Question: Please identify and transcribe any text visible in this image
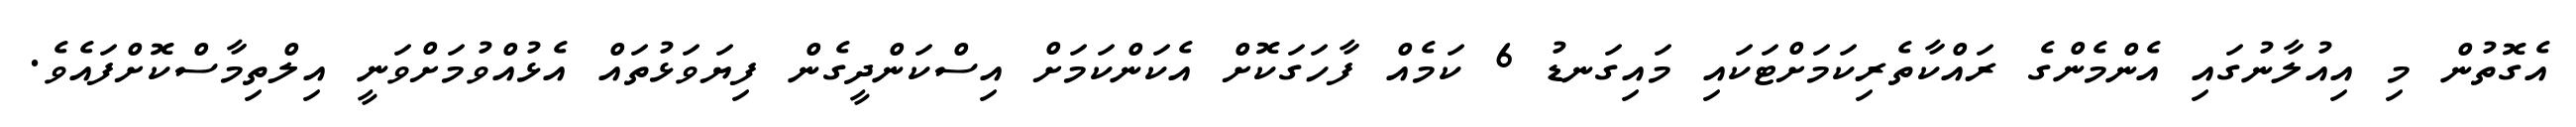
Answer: އެގޮތުން މި އިއުލާނުގައި އެންމެންގެ ރައްކާތެރިކަމަށްޓަކައި މައިގަނޑު 6 ކަމެއް ފާހަގަކޮށް އެކަންކަމަށް އިސްކަންދީގެން ފިޔަވަޅުތައް އެޅުއްވުމަށްވަނީ އިލްތިމާސްކޮށްފައެވެ.